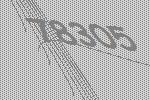
78305